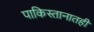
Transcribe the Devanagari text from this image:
पाकिस्तानातही